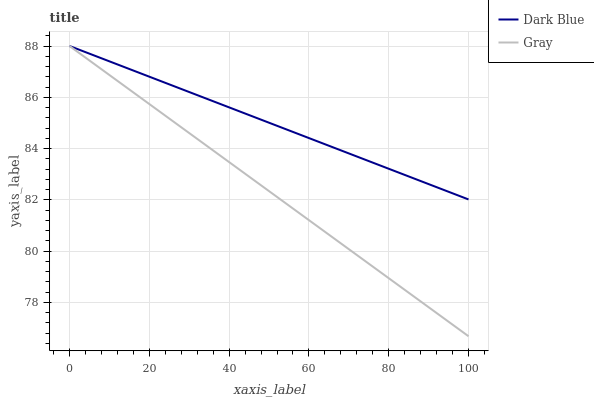
| xaxis_label | Dark Blue | Gray |
 | --- | --- | --- |
 | 0 | 88 | 88 |
 | 25 | 86.5 | 85.2 |
 | 50 | 85 | 82.3 |
 | 75 | 83.5 | 79.5 |
 | 100 | 82 | 76.7 |